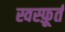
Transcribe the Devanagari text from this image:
स्वस्फ़ूर्त